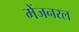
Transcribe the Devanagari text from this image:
मेंजनरल